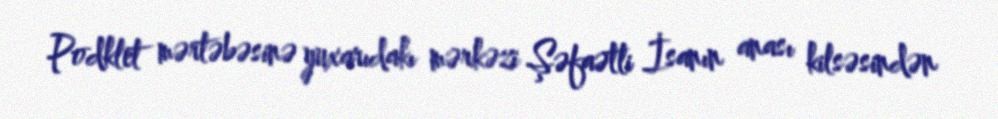
Podklet mərtəbəsinə yuxarıdakı mərkəzi Şəfaətli İsanın anası kilsəsindən